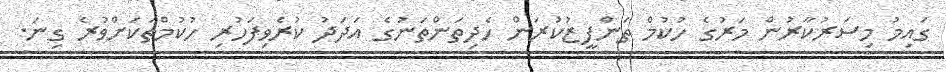
ގައިމު މިސަރުކާރުން މަރުގެ ހުކުމް ތަންފީޒުކުރަން ހެދިތަންތަނުގެ އަދަދު ކުރެވިފަހުރި ހުކުމްތަކަށްވުރެ ގިނަ.